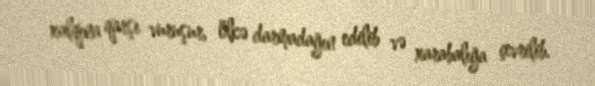
xalqına qarşı vuruşur, ölkə darmadağın edilib və xarabalığa çevrilib.